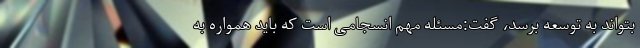
بتواند به توسعه برسد، گفت:مسئله مهم انسجامی است که باید همواره به